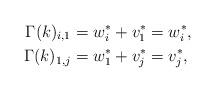
LaTeX: \begin{align*} \Gamma(k)_{i,1} & = w_{i}^{\ast}+ v_{1}^{\ast} = w_{i}^{\ast}, \\ \Gamma(k)_{1,j} & = w_{1}^{\ast}+ v_{j}^{\ast} = v_{j}^{\ast},\end{align*}